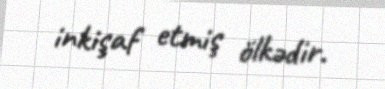
inkişaf etmiş ölkədir.